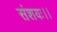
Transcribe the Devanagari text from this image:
संशयः।।